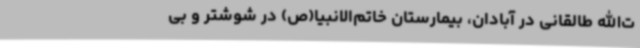
ت‌الله طالقانی در آبادان، بیمارستان خاتم‌الانبیا(ص) در شوشتر و بی